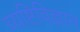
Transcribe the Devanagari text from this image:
व्यष्टिविज्ञान